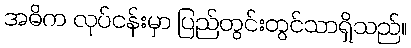
အဓိက လုပ်ငန်းမှာ ပြည်တွင်းတွင်သာရှိသည်။